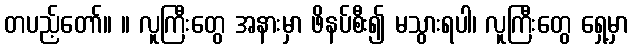
တပည့်တော်။ ။ လူကြီးတွေ အနားမှာ ဖိနပ်စီး၍ မသွားရပါ၊ လူကြီးတွေ ရှေ့မှာ